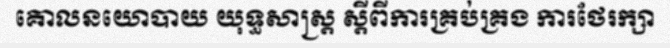
គោលនយោបាយ យុទ្ធសាស្ត្រ ស្តីពីការគ្រប់គ្រង ការថែរក្សា